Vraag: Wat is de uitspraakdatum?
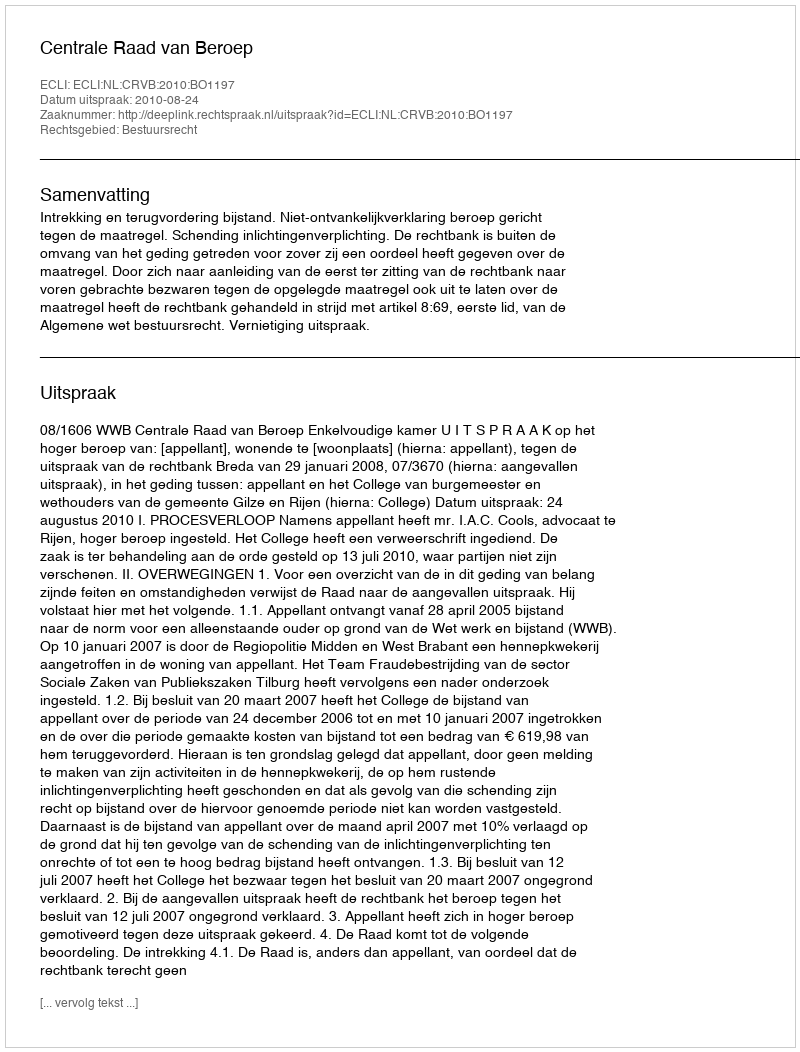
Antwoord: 2010-08-24